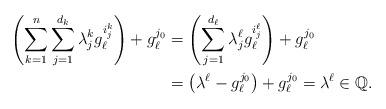
LaTeX: \begin{align*}\left(\sum_{k=1}^{n}\sum_{j=1}^{d_{k}}\lambda_{j}^{k}g_{\ell}^{i_{j}^{k}}\right)+g_{\ell}^{j_{0}} & =\left(\sum_{j=1}^{d_{\ell}}\lambda_{j}^{\ell}g_{\ell}^{i_{j}^{\ell}}\right)+g_{\ell}^{j_{0}}\\ & =\left(\lambda^{\ell}-g_{\ell}^{j_{0}}\right)+g_{\ell}^{j_{0}}=\lambda^{\ell}\in\mathbb{Q}.\end{align*}